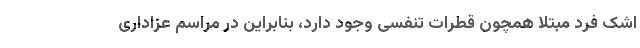
اشک فرد مبتلا همچون قطرات تنفسی وجود دارد، بنابراین در مراسم عزاداری